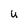
Character: U